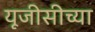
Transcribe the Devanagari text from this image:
यूजीसीच्या